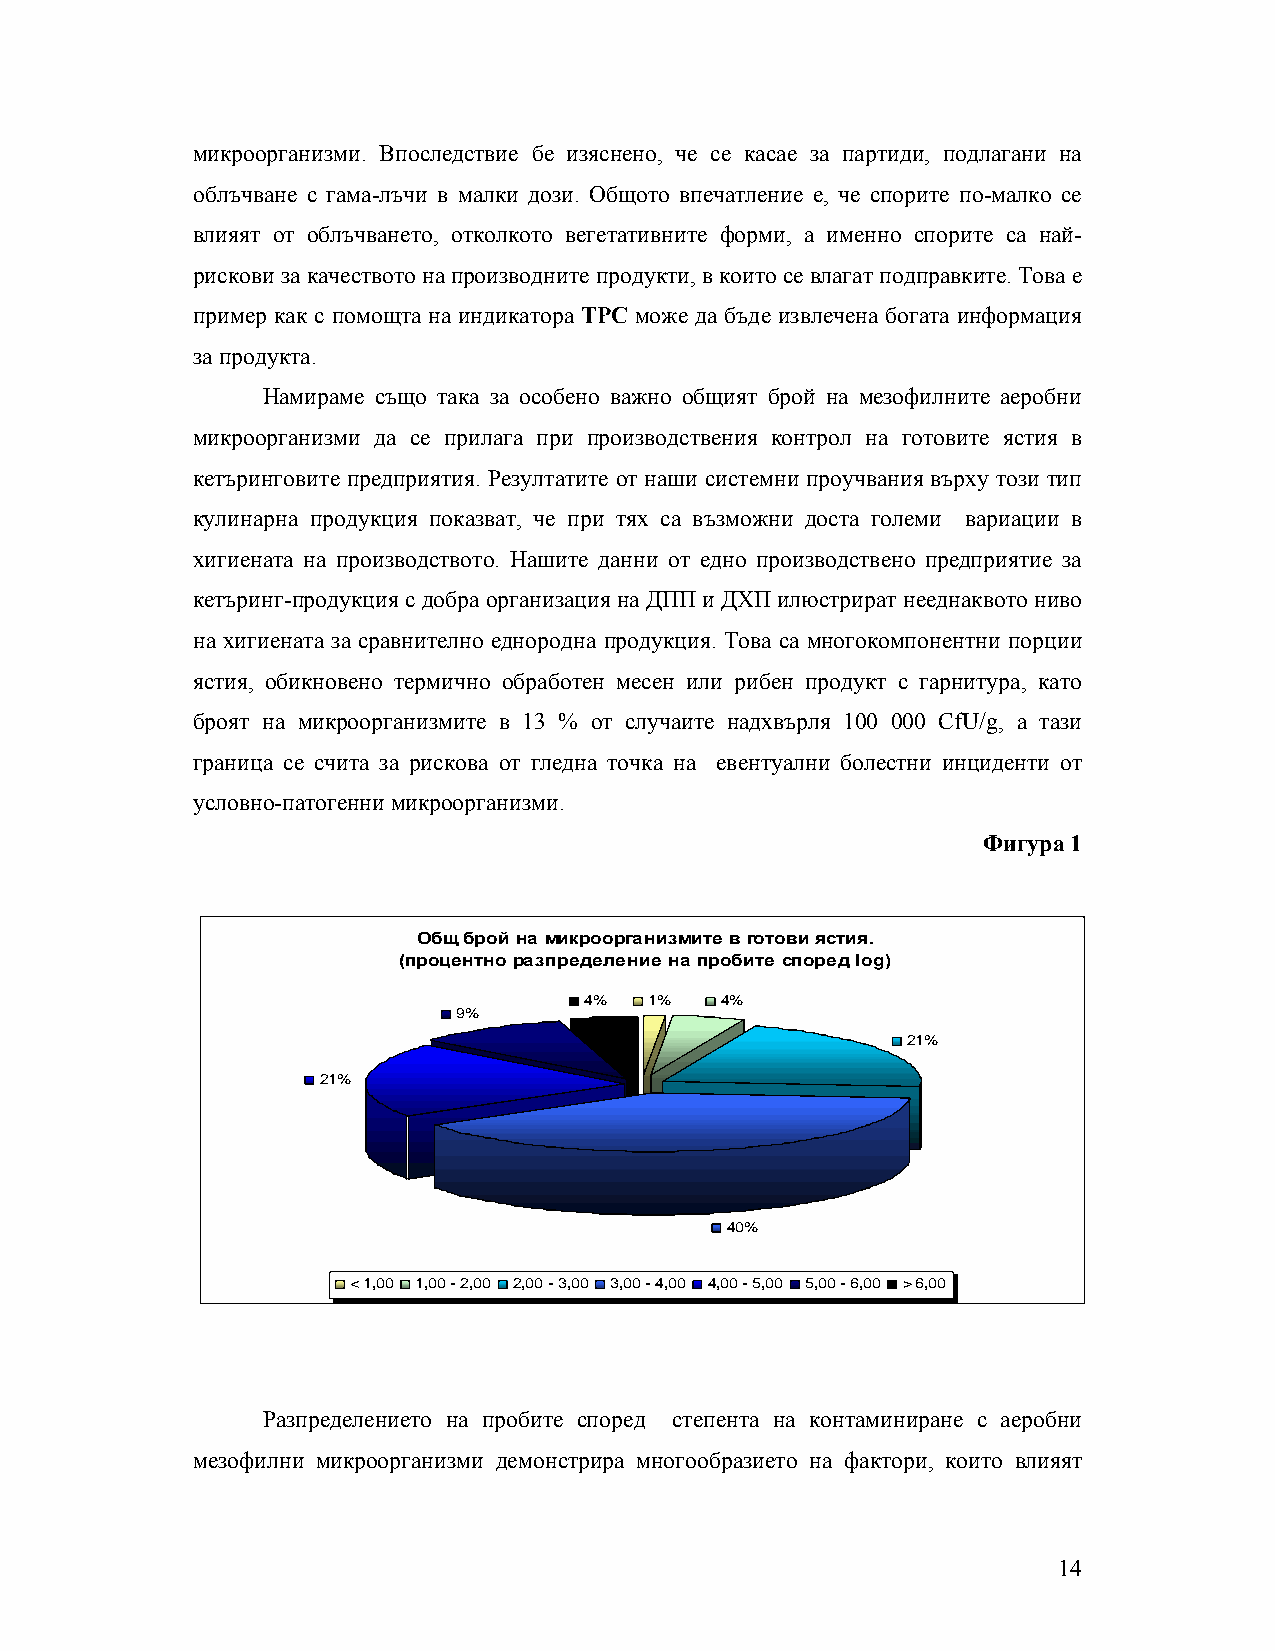
микроорганизми. Впоследствие бе изяснено, че се касае за партиди, подлагани на
 облъчване с гама-лъчи в малки дози. Общото впечатление е, че спорите по-малко се
 влияят от облъчването, отколкото вегетативните форми, а именно спорите са най-
 рискови за качеството на производните продукти, в които се влагат подправките. Това е
 пример как с помощта на индикатора ТРС може да бъде извлечена богата информация
 за продукта.
 Намираме също така за особено важно общият брой на мезофилните аеробни
 микроорганизми да се прилага при производствения контрол на готовите ястия в
 кетъринговите предприятия. Резултатите от наши системни проучвания върху този тип
 кулинарна продукция показват, че при тях са възможни доста големи вариации в
 хигиената на производството. Нашите данни от едно производствено предприятие за
 кетъринг-продукция с добра организация на ДПП и ДХП илюстрират нееднаквото ниво
 на хигиената за сравнително еднородна продукция. Това са многокомпонентни порции
 ястия, обикновено термично обработен месен или рибен продукт с гарнитура, като
 броят на микроорганизмите в 13 % от случаите надхвърля 100 000 CfU/g, а тази
 граница се счита за рискова от гледна точка на евентуални болестни инциденти от
 условно-патогенни микроорганизми.
 Фигура 1
 Общ брой на микроорганизмите в готови ястия.
 (процентно разпределение на пробите според log)
 4%  1%   4%
 9%
 21%
 21%
 40%
 < 1,00 1,00 - 2,00 2,00 - 3,00 3,00 - 4,00 4,00 - 5,00 5,00 - 6,00 > 6,00
 Разпределението на пробите според степента на контаминиране с аеробни
 мезофилни микроорганизми демонстрира многообразието на фактори, които влияят
 14